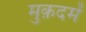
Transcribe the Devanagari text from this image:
मुक़दमें